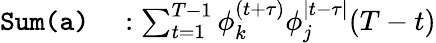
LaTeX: \begin{array}{rl}{\texttt{Sum(a)}}&{{}:\sum_{t=1}^{T-1}\phi_{k}^{(t+\tau)}\phi_{j}^{\mid t-\tau\mid}(T-t)}\end{array}